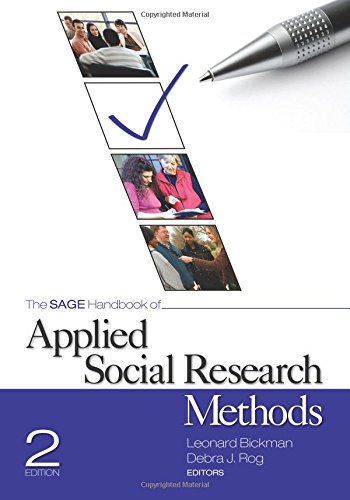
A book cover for The SAGE Handbook of Applied Social Research Methods; Politics & Social Sciences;